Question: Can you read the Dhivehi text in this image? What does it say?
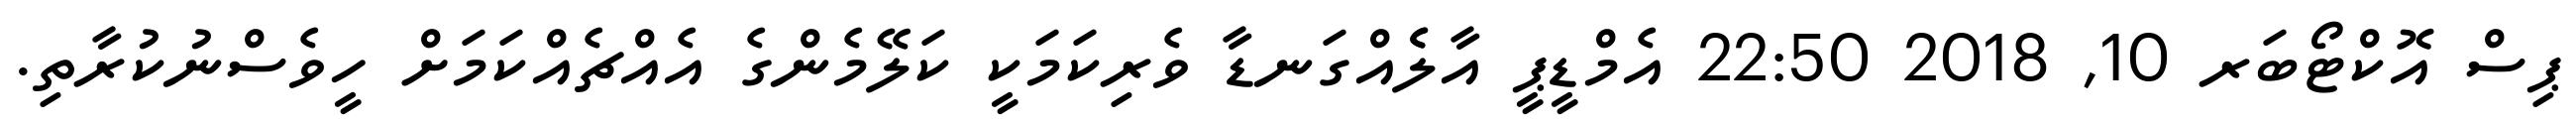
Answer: ޕިސް އޮކްޓޯބަރ 10, 2018 22:50 އެމްޑީޕީ އާލެެއްގަނޑާ ވެރިކަމަކީ ކަލޭމެންގެ އެއްޗެއްކަމަށް ހީވެސްނުކުރާތި.